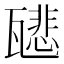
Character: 𤮑